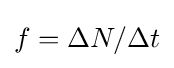
f=\Delta N/\Delta t\,\!